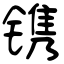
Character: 镌